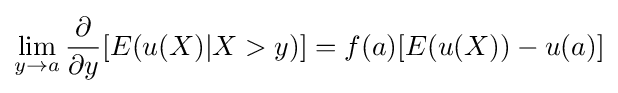
\lim _{y\to a}{\frac {\partial }{\partial y}}[E(u(X)|X>y)]=f(a)[E(u(X))-u(a)]